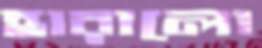
হারালো